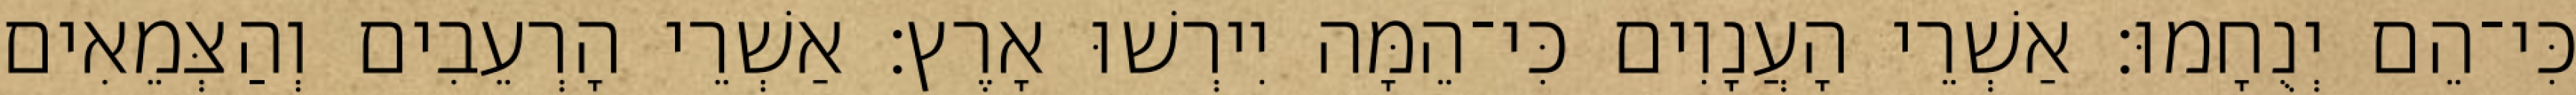
כִּי־הֵם יְנֻחָמוּ׃ אַשְׁרֵי הָעֲנָוִים כִּי־הֵמָּה יִירְשׁוּ אָרֶץ׃ אַשְׁרֵי הָרְעֵבִים וְהַצְּמֵאִים